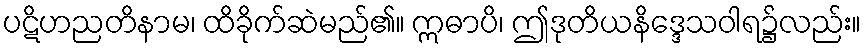
ပဋိဟညတိနာမ၊ ထိခိုက်ဆဲမည်၏။ ဣဓာပိ၊ ဤဒုတိယနိဒ္ဒေသဝါရ၌လည်း။